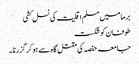
برما میں مسلم اقلیت کی نسل کشی
طوفان کو شکست
جامعہ حفصہ کی مقتل گا ہ سے ہو کر گزرنا ۔